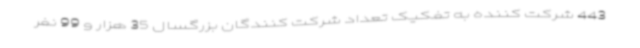
443 شرکت کننده به تفکیک تعداد شرکت کنندگان بزرگسال 35 هزار و 99 نفر